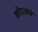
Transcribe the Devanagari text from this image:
कौउअल